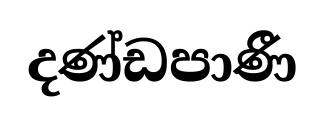
දණ්ඩපාණී